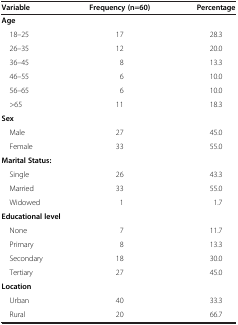
| Variable | Frequency (n=60) | Percentage |
 | --- | --- | --- |
 | <COLSPAN=3> Age |
 | 18–25 | 17 | 28.3 |
 | 26–35 | 12 | 20.0 |
 | 36–45 | 8 | 13.3 |
 | 46–55 | 6 | 10.0 |
 | 56–65 | 6 | 10.0 |
 | >65 | 11 | 18.3 |
 | <COLSPAN=3> Sex |
 | Male | 27 | 45.0 |
 | Female | 33 | 55.0 |
 | <COLSPAN=3> Marital Status: |
 | Single | 26 | 43.3 |
 | Married | 33 | 55.0 |
 | Widowed | 1 | 1.7 |
 | <COLSPAN=3> Educational level |
 | None | 7 | 11.7 |
 | Primary | 8 | 13.3 |
 | Secondary | 18 | 30.0 |
 | Tertiary | 27 | 45.0 |
 | <COLSPAN=3> Location |
 | Urban | 40 | 33.3 |
 | Rural | 20 | 66.7 |